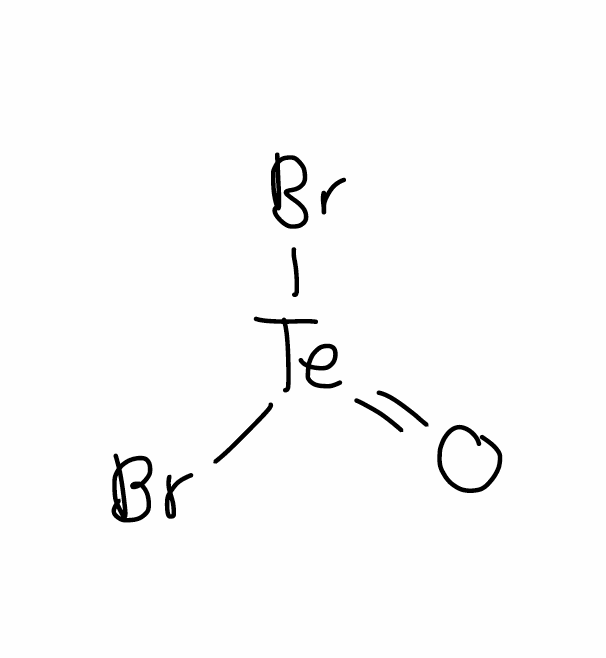
Simplified molecular-input line-entry system (SMILES) notation of the given molecule:
O=[Te](Br)Br